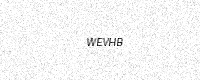
Text: WEVHB